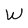
Character: W